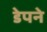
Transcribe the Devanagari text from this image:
डेपने